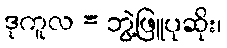
ဒုကူလ = ဘွဲ့ဖြူပုဆိုး၊